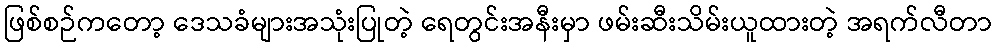
ဖြစ်စဉ်ကတော့ ဒေသခံများအသုံးပြုတဲ့ ရေတွင်းအနီးမှာ ဖမ်းဆီးသိမ်းယူထားတဲ့ အရက်လီတာ